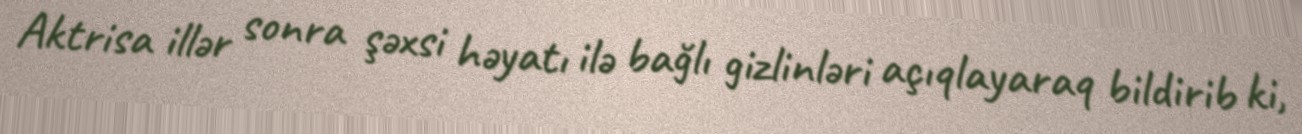
Aktrisa illər sonra şəxsi həyatı ilə bağlı gizlinləri açıqlayaraq bildirib ki,